Lunatic asylums in Bengal annual reports 1888-1898 - 1888-1898
Year: 1888
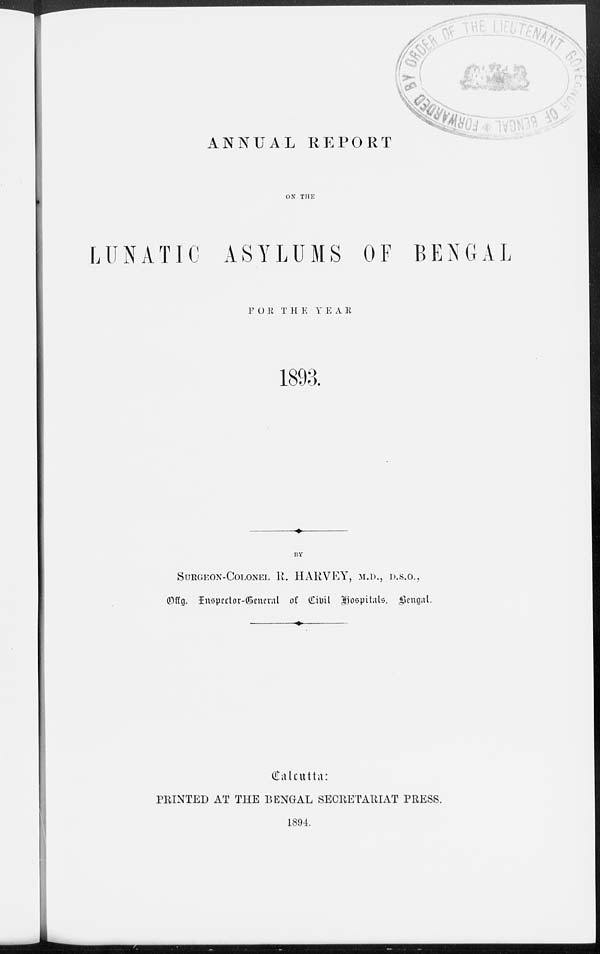
ANNUAL REPORT
ON THE
LUNATIC ASYLUMS OF BENGAL
FOR THE YEAR
1893.
BY
SURGEON-COLONEL R. HARVEY, M.D., D.S.O.,
Offg. Inspertor-General Of Civil Hospitals. Bengal.
Calcutta:
PRINTED AT THE BENGAL SECRETARIAT PRESS.
1894.